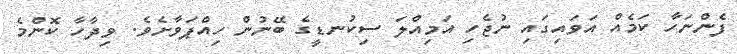
ފެންނަހާ ކަމެއް އަވައިގައި ނުޖެހި އަމިއްލަ ސިކުނޑީގެ ބޭނުން ހިއްޕަވާށެވެ. ވިދާހާ ކޮންމެ